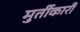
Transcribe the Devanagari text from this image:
मुर्तीकारी